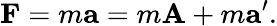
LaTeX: \mathbf{F}=m\mathbf{a}=m\mathbf{A}+m\mathbf{a}^{\prime}.